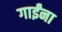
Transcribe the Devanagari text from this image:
गाईंना